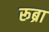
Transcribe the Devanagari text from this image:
रूब्रा